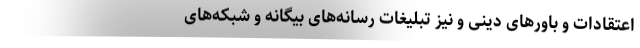
اعتقادات و باورهای دینی و نیز تبلیغات رسانه‌های بیگانه و شبکه‌های